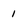
Character: 1